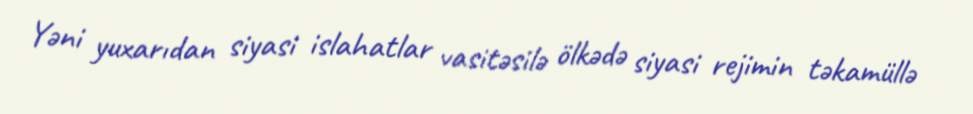
Yəni yuxarıdan siyasi islahatlar vasitəsilə ölkədə siyasi rejimin təkamüllə